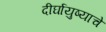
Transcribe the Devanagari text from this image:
दीर्घायुष्याचे